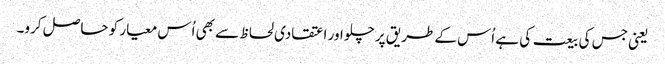
یعنی جس کی بیعت کی ہے اُس کے طریق پر چلو اور اعتقادی لحاظ سے بھی اُس معیار کو حاصل کرو۔